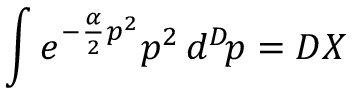
\int e ^ { - { \frac { \alpha } { 2 } } p ^ { 2 } } p ^ { 2 } \, d ^ { D } \! p = D X